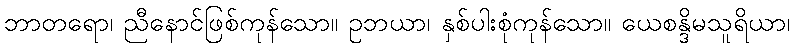
ဘာတရော၊ ညီနောင်ဖြစ်ကုန်သော။ ဥဘယာ၊ နှစ်ပါးစုံကုန်သော။ ယေစန္ဒိမသူရိယာ၊